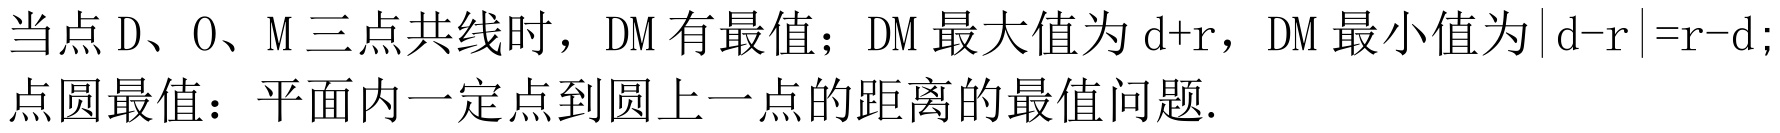
当点 \(D、O、M\) 三点共线时，\(DM\) 有最值；\(DM\) 最大值为 \(d + r\)，\(DM\) 最小值为\(\vert d - r\vert=r - d\);
点圆最值：平面内一定点到圆上一点的距离的最值问题.